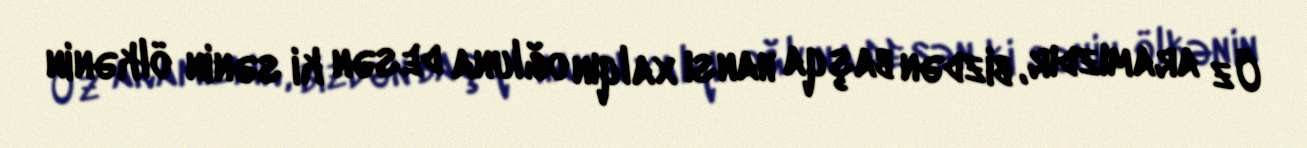
Öz aramızdır, bizdən başqa hansı xalqın oğluna desən ki sənin ölkənin